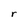
Character: r